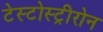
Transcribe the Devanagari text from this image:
टेस्टोस्ट्रीरोन